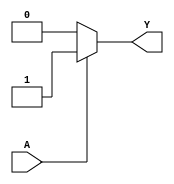
module KMapCombinationalLogic (
    input wire A,      // Input variable
    output wire Y      // Output variable
);

// Define the values for f(0) and f(1)
parameter f0 = 0;    // Value of output when A = 0
parameter f1 = 1;    // Value of output when A = 1

// Combinational logic to determine output Y based on input A
assign Y = (A == 1'b0) ? f0 : f1;

endmodule